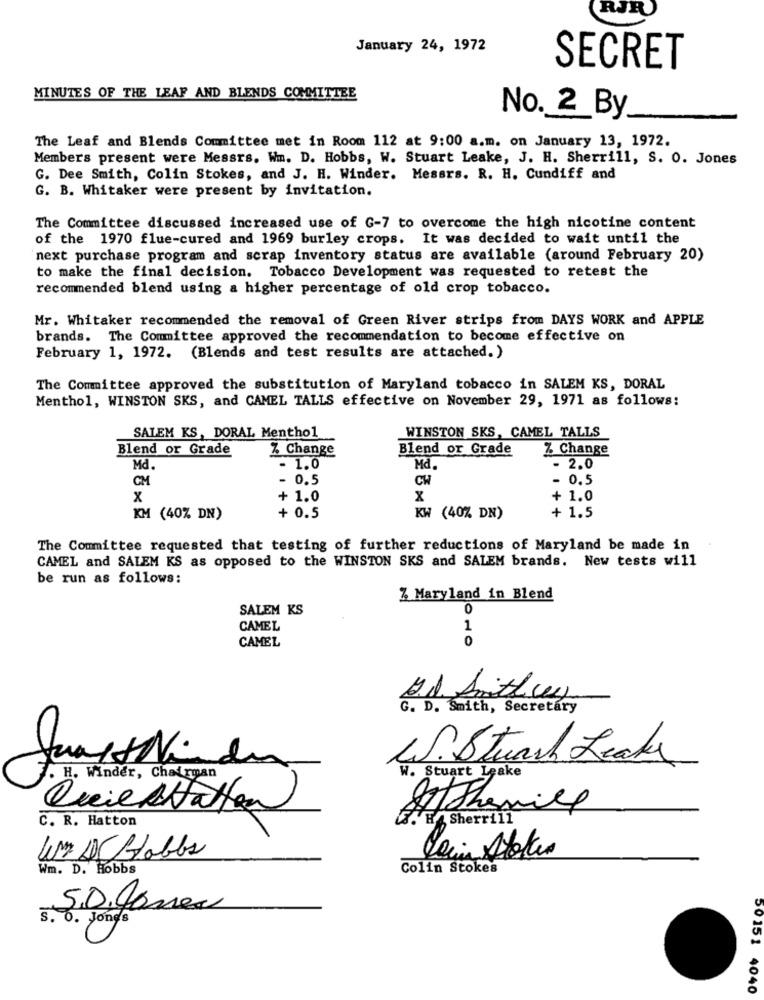
RJR
January 24, 1972
SECRET
MINUTES OF THE LEAF AND BLENDS COMMITTEE
No. 2_By
The Leaf and Blends Committee met in Room 112 at 9:00 a.m. on January 13, 1972.
Members present were Messrs. Wm. D. Hobbs, W. Stuart Leake, J. H. Sherrill, S. O. Jones
G. Dee Smith, Colin Stokes, and J. H. Winder. Messrs. R. H. Cundiff and
G. B. Whitaker were present by invitation.
The Committee discussed increased use of G-7 to overcome the high nicotine content
of the 1970 flue-cured and 1969 burley crops. It was decided to wait until the
next purchase program and scrap inventory status are available (around February 20)
to make the final decision. Tobacco Development was requested to retest the
recommended blend using a higher percentage of old crop tobacco.
Mr. Whitaker recommended the removal of Green River strips from DAYS WORK and APPLE
brands. The Committee approved the recommendation to become effective on
February 1, 1972. (Blends and test results are attached. )
The Committee approved the substitution of Maryland tobacco in SALEM KS, DORAL
Menthol, WINSTON SKS, and CAMEL TALLS effective on November 29, 1971 as follows:
WINSTON SKS, CAMEL TALLS
SALEM KS, DORAL Menthol
Blend or Grade
Z Change
Blend or Grade
% Change
Md.
- 1.0
Md,
- 2.0
CM
- 0.5
CH
- 0.5
x
+ 1.0
x
+ 1.0
+ 1.5
KM (40% DN)
+ 0.5
KW (40% DN)
The Committee requested that testing of further reductions of Maryland be made in
CAMEL and SALEM KS as opposed to the WINSTON SKS and SALEM brands. New tests will
be run as follows:
Z Maryland in Blend
SALEM KS
0
CAMEL
1
CAMEL
0
J.J. Smith us
G. D. Smith, Secretary
JustNi de
W. Stwach Leaks
7. H. Winder, Chairman
W. Stuart Lake
Quie Attatten
ATThemill
C. R. Hatton
Sherrill
Jacin Stokes
Wm. D. Hobbs
Colin Stokes
s. o. Jones
50151 4040